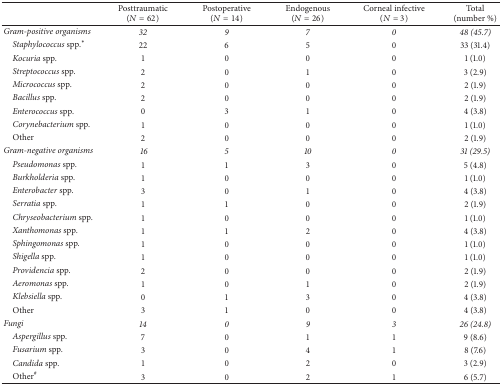
<table><thead><tr><td><b> </b></td><td><b>Posttraumatic(<i>N</i> = 62)</b></td><td><b>Postoperative(<i>N</i> = 14)</b></td><td><b>Endogenous(<i>N</i> = 26)</b></td><td><b>Corneal infective(<i>N</i> = 3)</b></td><td><b>Total(number %)</b></td></tr></thead><tbody><tr><td><i>Gram-positive organisms</i></td><td><i>32</i></td><td><i>9</i></td><td><i>7</i></td><td><i>0</i></td><td><i>48 (45.7)</i></td></tr><tr><td> <i>Staphylococcus</i> spp.<sup><i>∗</i></sup></td><td>22</td><td>6</td><td>5</td><td>0</td><td>33 (31.4)</td></tr><tr><td> <i>Kocuria</i> spp.</td><td>1</td><td>0</td><td>0</td><td>0</td><td>1 (1.0)</td></tr><tr><td> <i>Streptococcus</i> spp.</td><td>2</td><td>0</td><td>1</td><td>0</td><td>3 (2.9)</td></tr><tr><td> <i>Micrococcus</i> spp. </td><td>2</td><td>0</td><td>0</td><td>0</td><td>2 (1.9)</td></tr><tr><td> <i>Bacillus</i> spp. </td><td>2</td><td>0</td><td>0</td><td>0</td><td>2 (1.9)</td></tr><tr><td> <i>Enterococcus</i> spp. </td><td>0</td><td>3</td><td>1</td><td>0</td><td>4 (3.8)</td></tr><tr><td> <i>Corynebacterium</i> spp. </td><td>1</td><td>0</td><td>0</td><td>0</td><td>1 (1.0)</td></tr><tr><td> Other</td><td>2</td><td>0</td><td>0</td><td>0</td><td>2 (1.9)</td></tr><tr><td><i>Gram-negative organisms </i></td><td><i>16</i></td><td><i>5</i></td><td><i>10</i></td><td><i>0</i></td><td><i>31 (29.5)</i></td></tr><tr><td> <i>Pseudomonas</i> spp.</td><td>1</td><td>1</td><td>3</td><td>0</td><td>5 (4.8)</td></tr><tr><td> <i>Burkholderia</i> spp. </td><td>1</td><td>0</td><td>0</td><td>0</td><td>1 (1.0)</td></tr><tr><td> <i>Enterobacter</i> spp.</td><td>3</td><td>0</td><td>1</td><td>0</td><td>4 (3.8)</td></tr><tr><td> <i>Serratia</i> spp.</td><td>1</td><td>1</td><td>0</td><td>0</td><td>2 (1.9)</td></tr><tr><td> <i>Chryseobacterium</i> spp.</td><td>1</td><td>0</td><td>0</td><td>0</td><td>1 (1.0)</td></tr><tr><td> <i>Xanthomonas</i> spp.</td><td>1</td><td>1</td><td>2</td><td>0</td><td>4 (3.8)</td></tr><tr><td> <i>Sphingomonas</i> spp.</td><td>1</td><td>0</td><td>0</td><td>0</td><td>1 (1.0)</td></tr><tr><td> <i>Shigella</i> spp.</td><td>1</td><td>0</td><td>0</td><td>0</td><td>1 (1.0)</td></tr><tr><td> <i>Providencia</i> spp.</td><td>2</td><td>0</td><td>0</td><td>0</td><td>2 (1.9)</td></tr><tr><td> <i>Aeromonas</i> spp.</td><td>1</td><td>0</td><td>1</td><td>0</td><td>2 (1.9)</td></tr><tr><td> <i>Klebsiella</i> spp.</td><td>0</td><td>1</td><td>3</td><td>0</td><td>4 (3.8)</td></tr><tr><td> Other</td><td>3</td><td>1</td><td>0</td><td>0</td><td>4 (3.8)</td></tr><tr><td><i>Fungi</i></td><td><i>14</i></td><td><i>0</i></td><td><i>9</i></td><td><i>3</i></td><td><i>26 (24.8)</i></td></tr><tr><td> <i>Aspergillus</i> spp.</td><td>7</td><td>0</td><td>1</td><td>1</td><td>9 (8.6)</td></tr><tr><td> <i>Fusarium</i> spp.</td><td>3</td><td>0</td><td>4</td><td>1</td><td>8 (7.6)</td></tr><tr><td> <i>Candida</i> spp.</td><td>1</td><td>0</td><td>2</td><td>0</td><td>3 (2.9)</td></tr><tr><td> Other<sup>#</sup></td><td>3</td><td>0</td><td>2</td><td>1</td><td>6 (5.7)</td></tr></tbody></table>